Annual report on the working of the mental hospitals in the Madras Presidency - 1912-1932
Year: 1912
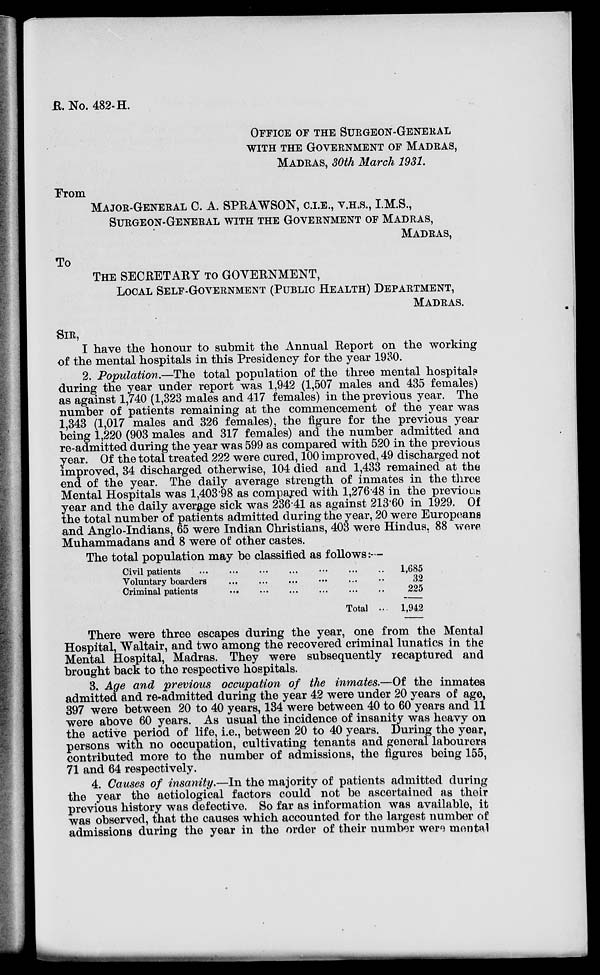
R. No. 482-H.
OFFICE OF THE SURGEON-GENERAL
WITH THE GOVERNMENT OF MADRAS,
MADRAS, 30th March 1931.
From
MAJOR-GENERAL C. A. SPRAWSON, C.I.E., V.H.S., I.M.S.,
SURGEON-GENERAL WITH THE GOVERNMENT OF MADRAS,
MADRAS,
To
THE SECRETARY TO GOVERNMENT,
LOCAL SELF-GOVERNMENT (PUBLIC HEALTH) DEPARTMENT,
MADRAS.
SIR,
I have the honour to submit the Annual Report on the working
of the mental hospitals in this Presidency for the year 1930.
2. Population.—The total population of the three mental hospitals
during the year under report was 1,942 (1,507 males and 435 females)
as against 1,740 (1,323 males and 417 females) in the previous year. The
number of patients remaining at the commencement of the year was
1,343 (1,017 males and 326 females), the figure for the previous year
being 1,220 (903 males and 317 females) and the number admitted and
re-admitted during the year was 599 as compared with 520 in the previous
year. Of the total treated 222 were cured, 100 improved, 49 discharged not
improved, 34 discharged otherwise, 104 died and 1,433 remained at the
end of the year. The daily average strength of inmates in the three
Mental Hospitals was 1,403.98 as compared with 1,276.48 in the previous
year and the daily average sick was 236.41 as against 213.60 in 1929. Of
the total number of patients admitted during the year, 20 were Europeans
and Anglo-Indians, 65 were Indian Christians, 403 were Hindus. 88 were
Muhammadans and 8 were of other castes.
The total population may be classified as follows:—
Civil patients
...
...
...
...
...
...
...
Voluntary boarders
...
...
...
...
...
...
Criminal patients
...
...
...
...
...
...
Total ...
1,685
32
225
1,942
There were three escapes during the year, one from the Mental
Hospital, Waltair, and two among the recovered criminal lunatics in the
Mental Hospital, Madras. They were subsequently recaptured and
brought back to the respective hospitals.
3. Age and previous occupation of the inmates.—Of the inmates
admitted and re-admitted during the year 42 were under 20 years of age,
397 were between 20 to 40 years, 134 were between 40 to 60 years and 11
were above 60 years. As usual the incidence of insanity was heavy on
the active period of life, i.e., between 20 to 40 years. During the year,
persons with no occupation, cultivating tenants and general labourers
contributed more to the number of admissions, the figures being 155,
71 and 64 respectively.
4. Causes of insanity.—In the majority of patients admitted during
the year the aetiological factors could not be ascertained as their
previous history was defective. So far as information was available, it
was observed, that the causes which accounted for the largest number of
admissions during the year in the order of their number were mental